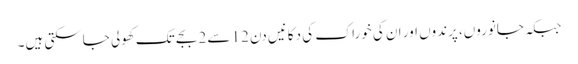
جبکہ جانوروں، پرندوں اور ان کی خوراک کی دکانیں دن 12 سے 2 بجے تک کھولی جاسکتی ہیں۔